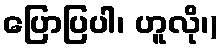
ပြောပြပါ၊ ဟူလို၊)